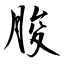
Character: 朘